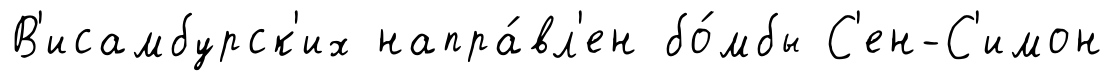
В'исамбурск'их напра́вл'ен бо́мбы С'ен-С'имон